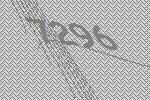
7296